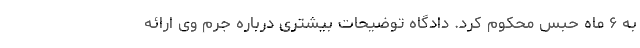
به ۶ ماه حبس محکوم کرد. دادگاه توضیحات بیشتری درباره جرم وی ارائه